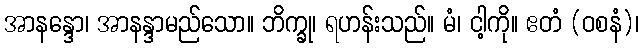
အာနန္ဒော၊ အာနန္ဒာမည်သော။ ဘိက္ခု၊ ရဟန်းသည်။ မံ၊ ငါ့ကို။ ဧတံ (ဝစနံ)၊